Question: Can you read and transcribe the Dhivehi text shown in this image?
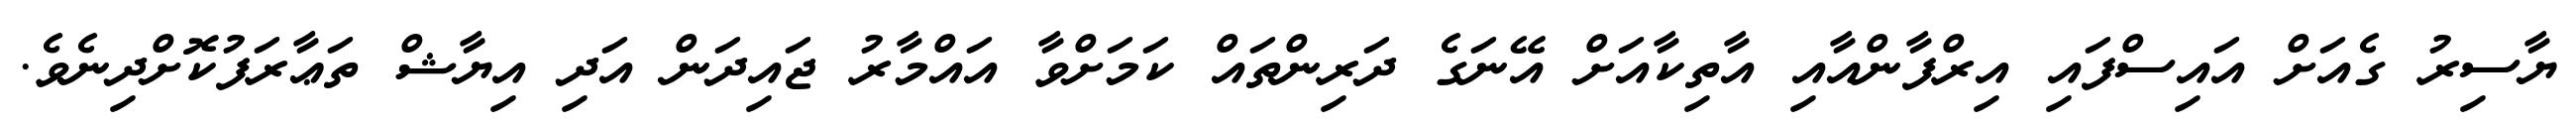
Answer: ޔާސިރު ގެއަށް އައިސްފައި އިރްފާންއާއި އާތިކާއަށް އޭނަގެ ދަރިންތައް ކަމަށްވާ އައްމާރު ޖައިދަން އަދި އިޔާޝް ތަޢާރަފުކޮށްދިނެވެ.